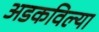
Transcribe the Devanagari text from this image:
अडकविल्या